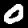
Digit: 0